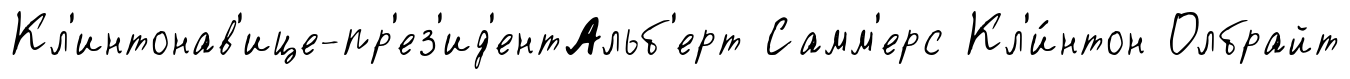
Кл'интонав'ице-пр'ез'ид'ентАльб'ерт Самм'ерс Кл'и́нтон Олбрайт